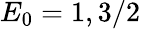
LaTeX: E_{0}=1,3/2